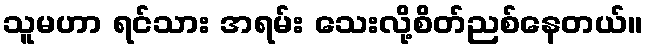
သူမဟာ ရင်သား အရမ်း သေးလို့စိတ်ညစ်နေတယ်။